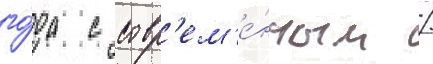
го́да с совр'ем'е́нным /